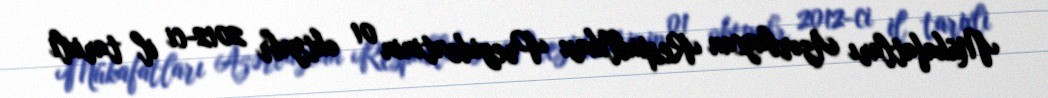
Mükafatları Azərbaycan Respublikası Prezidentinin 01 oktyabr 2012-ci il tarixli